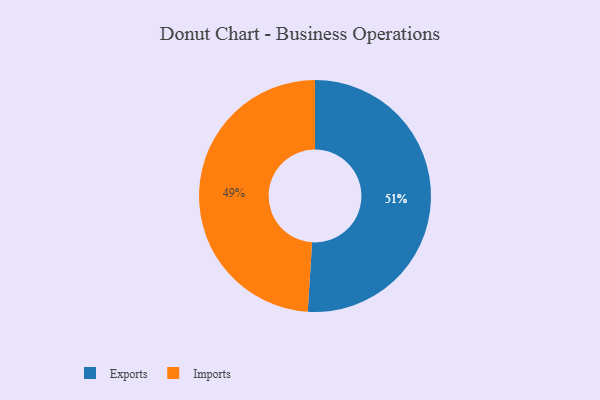
{"axis": {"x": "Category", "y": "Percentage"}, "legend": ["Exports", "Imports"], "data": [{"x": "Exports", "y": 51, "type": "Exports"}, {"x": "Imports", "y": 49, "type": "Imports"}]}